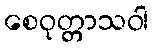
စေဝုတ္တာသဝါ